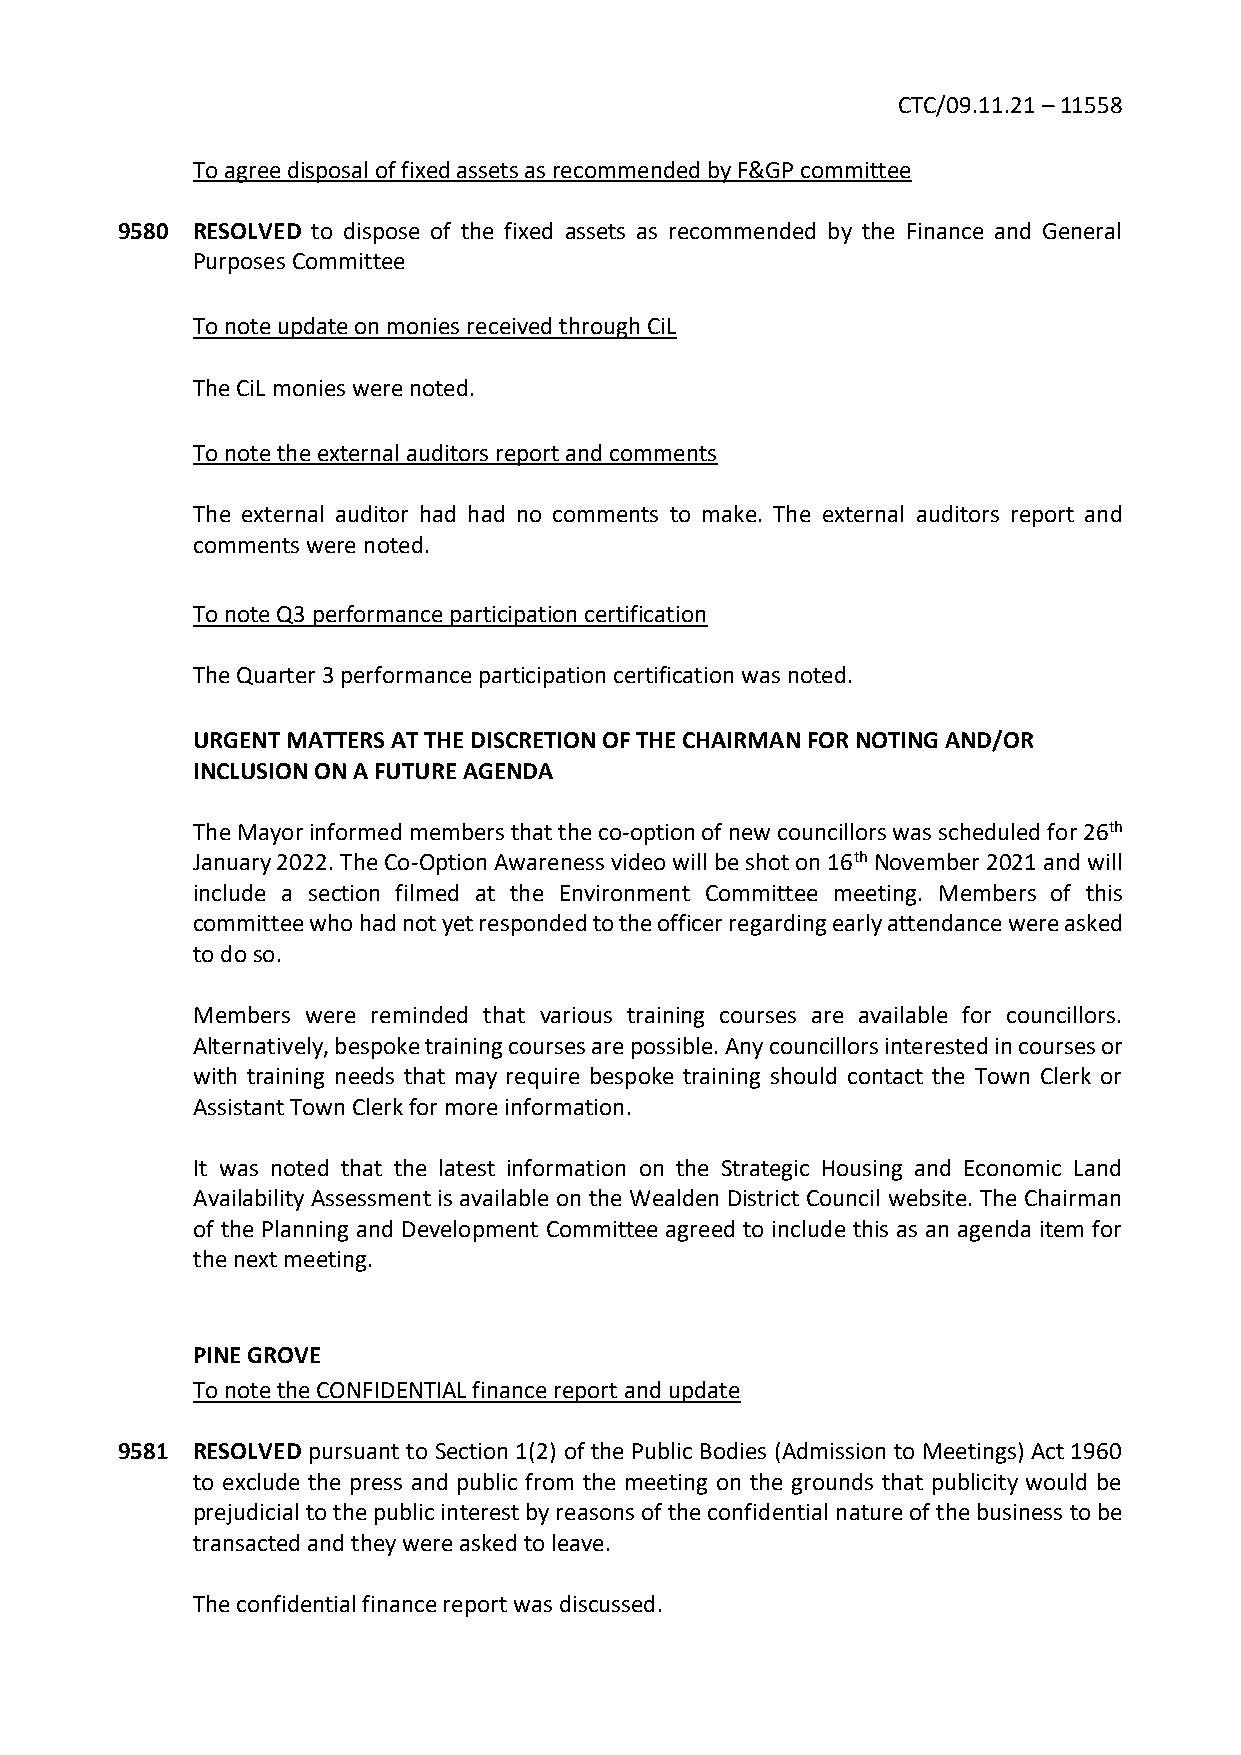
CTC/09.11.21 – 11558
 To agree disposal of fixed assets as recommended by F&GP committee
 9580 RESOLVED to dispose of the fixed assets as recommended by the Finance and General
 Purposes Committee
 To note update on monies received through CiL
 The CiL monies were noted.
 To note the external auditors report and comments
 The external auditor had had no comments to make. The external auditors report and
 comments were noted.
 To note Q3 performance participation certification
 The Quarter 3 performance participation certification was noted.
 URGENT MATTERS AT THE DISCRETION OF THE CHAIRMAN FOR NOTING AND/OR
 INCLUSION ON A FUTURE AGENDA
 The Mayor informed members that the co-option of new councillors was scheduled for 26th
 January 2022. The Co-Option Awareness video will be shot on 16th November 2021 and will
 include a section filmed at the Environment Committee meeting. Members of this
 committee who had not yet responded to the officer regarding early attendance were asked
 to do so.
 Members were reminded that various training courses are available for councillors.
 Alternatively, bespoke training courses are possible. Any councillors interested in courses or
 with training needs that may require bespoke training should contact the Town Clerk or
 Assistant Town Clerk for more information.
 It was noted that the latest information on the Strategic Housing and Economic Land
 Availability Assessment is available on the Wealden District Council website. The Chairman
 of the Planning and Development Committee agreed to include this as an agenda item for
 the next meeting.
 PINE GROVE
 To note the CONFIDENTIAL finance report and update
 9581 RESOLVED pursuant to Section 1(2) of the Public Bodies (Admission to Meetings) Act 1960
 to exclude the press and public from the meeting on the grounds that publicity would be
 prejudicial to the public interest by reasons of the confidential nature of the business to be
 transacted and they were asked to leave.
 The confidential finance report was discussed.